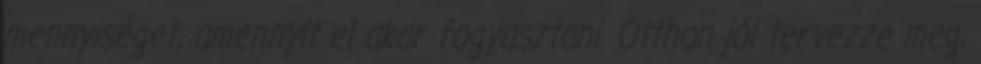
mennyiséget, amennyit el akar fogyasztani. Otthon jól tervezze meg,